Report on sanitation, dispensaries, and jails in Rajputana for 1915, and on vaccination for the year 1915-1916 - 1915-1916
Year: 1915
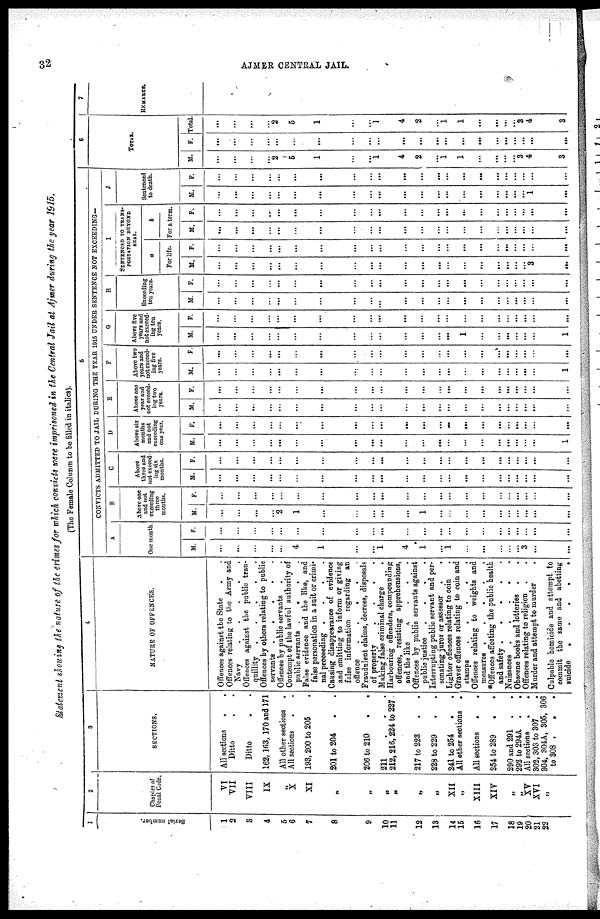
32
AJMER CENTRAL JAIL.
Statement showing the nature of the crimes for which convicts were imprisoned in the Central Jail at Ajmer during the year 1915.
(The Female Column to be filled in italics).
1
Serial number.
1
2
3
4
5
6
7
8
9
10
11
12
13
14
15
16
17
18
19
20
21
22
2
Chapter of
Penal Code
VI
VII
VIII
IX
„
X
XI
„
„
„
„
„
„
XII
„
XIII
XIV
„
„
XV
XVI
„
3
SECTIONS.
All sections
. .
Ditto . .
Ditto . .
162,163, 170 and 171
All other sections .
All sections . .
193, 200 to 205 .
201 to 204
. .
206 to 210 . .
211
.
.
.
212,216, 224 to 227
217 to 223 . .
228 to 229 . .
241 to 254 . .
All other sections .
All sections
.
.
254 to 289 . .
290 and 291 . .
292 to 294A . .
All sections
.
.
302, 303 to 307
304, 304A, 305, 306
to 308 .
. .
4
NATURE OF OFFENCES.
Offences against the State . .
Offences relating to the Army and
Navy
.
.
.
.
.
Offences against the public tran-
quillity
.
.
.
.
.
Offences by others relating to public
servants
. . . . .
Offences by public servants . .
Contempt of the lawful authority of
public servants
. . . .
False evidence and the like, and
false personation in a suit or crimi-
nal proceeding .
.
.
.
Causing disappearance of evidence
and omitting to inform or giving
false information regarding an
offence
. . . . .
Fraudulent claims, decrees, disposals
of property
.
.
.
.
Making false criminal charge .
Harbouring offenders, compounding
offences, resisting apprehensions,
and the like . . .
Offences by public servants against
public justice . . . .
Interrupting public servant and per-
sonating juror or assessor .
.
Lighter offences relating to coin .
Graver offences relating to coin and
stamps
.
.
.
.
.
Offences relating to weights and
measures .
.
.
.
.
*Offences affecting the public health
and safety .
.
.
.
.
Nuisances .
.
.
.
.
Obscene books and lotteries . .
Offences relating to religion . .
Murder and attempt to murder
.
Culpable homicide and attempt to
commit the same and abetting
suicide
.
.
.
.
.
5
CONVICTS ADMITTED TO JAIL DURING THE YEAR 1915 UNDER SENTENCE NOT EXCEEDING—
A
One month
M.
...
...
...
...
...
4
1
...
...
1
4
1
...
1
...
...
...
...
...
3
...
...
F.
...
...
...
...
...
...
...
...
...
...
...
...
...
...
...
...
...
...
...
...
...
...
B
Above one
and not
exceeding
three
months.
M.
...
...
...
...
2
1
...
...
...
...
...
1
...
...
...
...
...
...
...
...
...
...
F.
...
...
...
...
...
...
...
...
...
...
...
...
...
...
...
...
...
...
...
...
...
...
C
Above
three and
not exceed
ing six
months.
M.
...
...
...
...
...
...
...
...
...
...
...
...
...
...
...
...
...
...
...
...
...
...
F.
...
...
...
...
...
...
...
...
...
...
...
...
...
...
...
...
...
...
...
...
...
...
D
Above six
months
and not
exceeding
one year.
M.
...
...
...
...
...
...
...
...
...
...
...
...
...
...
...
...
...
...
...
...
...
1
F.
...
...
...
...
...
...
...
...
...
...
...
...
...
...
...
...
...
...
...
...
...
...
E
Above one
year and
not exceed-
ing two
years.
M.
...
...
...
...
...
...
...
...
...
...
...
...
...
...
...
...
...
...
...
...
...
...
F.
...
...
...
...
...
...
...
...
...
...
...
...
...
...
...
...
...
...
...
...
...
...
F
Above two
years and
not exceed-
ing five
years.
M.
...
...
...
...
...
...
...
...
...
...
...
...
...
...
...
...
...
...
...
...
...
1
F.
...
...
...
...
...
...
...
...
...
...
...
...
...
...
...
...
...
...
...
...
...
...
G
Above five
years and
not exceed-
ing ten
years.
M.
...
...
...
...
...
...
...
...
...
...
...
...
...
...
1
...
...
...
...
...
...
1
F.
...
...
...
...
...
...
...
...
...
...
...
...
...
...
...
...
...
...
...
...
...
...
H
Exceeding
ten years.
M.
...
...
...
...
...
...
...
...
...
...
...
...
...
...
...
...
...
...
...
...
...
...
F.
...
...
...
...
...
...
...
...
...
...
...
...
...
...
...
...
...
...
...
...
...
...
I
SENTENCED TO TRANS¬
PORTATION BEYOND
SEAS.
a
For life.
M.
...
...
...
...
...
...
...
...
...
...
...
...
...
...
...
...
...
...
...
...
3
...
F.
...
...
...
...
...
...
...
...
...
...
...
...
...
...
...
...
...
...
...
...
...
...
b
For a term.
M.
...
...
...
...
...
...
...
...
...
...
...
...
...
...
...
...
...
...
...
...
...
...
F.
...
...
...
...
...
...
...
...
...
...
...
...
...
...
...
...
...
...
...
...
...
...
J
Sentenced
to death.
M.
...
...
...
...
...
...
...
...
...
...
...
...
...
...
...
...
...
...
...
...
1
...
F.
...
...
...
...
...
...
...
...
...
...
...
...
...
...
...
...
...
...
...
...
...
...
6
TOTAL
M.
...
...
...
...
2
5
1
...
...
1
4
2
...
1
1
...
...
...
...
3
4
3
F.
...
...
...
...
...
...
...
...
...
...
...
...
...
...
...
...
...
...
...
...
...
...
Total.
...
...
...
...
2
5
1
...
...
1
4
2
...
1
1
...
...
...
...
3
4
3
7
REMARKS.